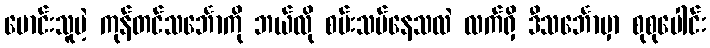
မောင်းသူမဲ့ ကုန်တင်သင်္ဘောကို ဘယ်လို စမ်းသပ်နေသလဲ လက်ရှိ ဒီသင်္ဘောမှာ စုစုပေါင်း